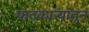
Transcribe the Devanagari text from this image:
फटकाऱ्यांतून